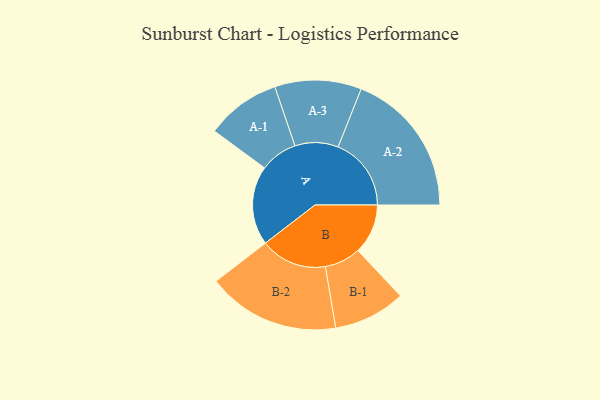
{"axis": {"x": "Segment", "y": "Value"}, "legend": ["", "A", "B"], "data": [{"x": "A", "y": 294, "type": ""}, {"x": "B", "y": 186, "type": ""}, {"x": "A-1", "y": 139, "type": "A"}, {"x": "A-2", "y": 272, "type": "A"}, {"x": "A-3", "y": 161, "type": "A"}, {"x": "B-1", "y": 134, "type": "B"}, {"x": "B-2", "y": 247, "type": "B"}]}